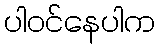
ပါဝင်နေပါက